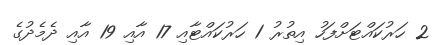
2 ހަރުކައްޓަށްފަހު އިތުރު 1 ހަރުކައްޓާއި 17 އާއި 19 އާއި ދެމެދުގެ